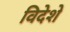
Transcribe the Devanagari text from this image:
विदेशे